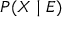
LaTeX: P ( X \mid E )